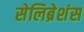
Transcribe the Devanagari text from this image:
सेलिब्रेशंस